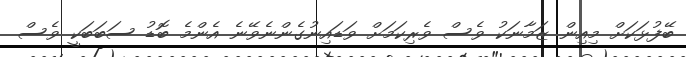
ބޭފުޅަކަށް މިއިން ޒަމާނަކު ވެސް ވެރިކަމަށް ވަޑައިނުގެންނެވޭނެ އެންމެ ބޮޑު ސަބަބަކީ ވެސް